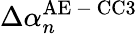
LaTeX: \Delta\alpha_{n}^{\mathrm{AE\mathrm{~-~}CC3}}